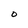
Character: O